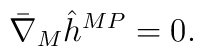
\bar \nabla_M \hat h^{MP} = 0.